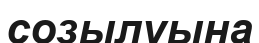
созылуына